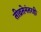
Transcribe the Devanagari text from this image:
तीव्रतेनंतरही